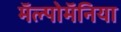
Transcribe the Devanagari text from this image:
मॅल्पोमॅनिया